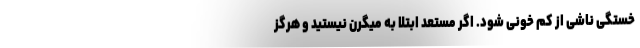
خستگی ناشی از کم خونی شود. اگر مستعد ابتلا به میگرن نیستید و هرگز